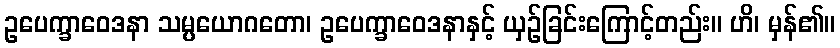
ဥပေက္ခာဝေဒနာ သမ္ပယောဂတော၊ ဥပေက္ခာဝေဒနာနှင့် ယှဉ်ခြင်းကြောင့်တည်း။ ဟိ၊ မှန်၏။